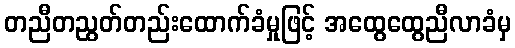
တညီတညွတ်တည်းထောက်ခံမှုဖြင့် အထွေထွေညီလာခံမှ